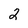
Character: 2